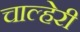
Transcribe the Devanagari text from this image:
चाल्हेरी